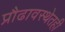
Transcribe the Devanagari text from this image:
प्रौढावस्थेतही